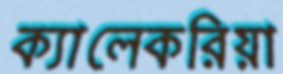
ক্যালেকরিয়া